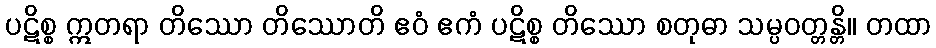
ပဋိစ္စ ဣတရာ တိဿော တိဿောတိ ဧဝံ ဧကံ ပဋိစ္စ တိဿော စတုဓာ သမ္ပဝတ္တန္တိ။ တထာ